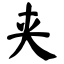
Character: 夹